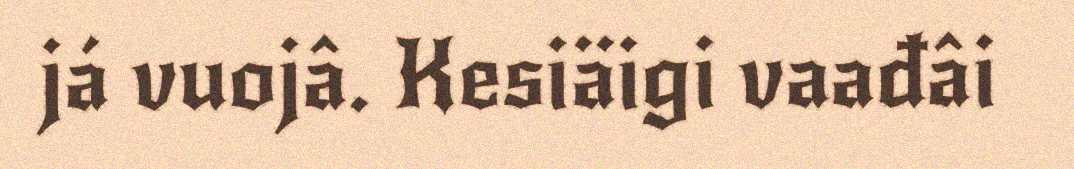
já vuojâ. Kesiäigi vaađâi